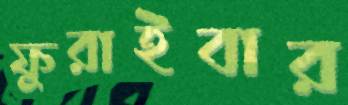
ফুরাইবার